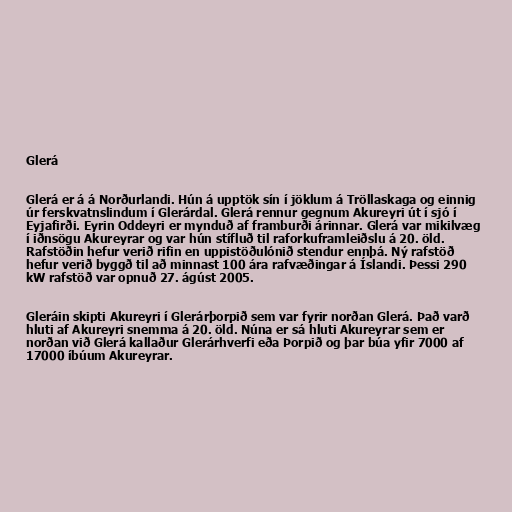
Glerá

Glerá er á á Norðurlandi. Hún á upptök sín í jöklum á Tröllaskaga og einnig
úr ferskvatnslindum í Glerárdal. Glerá rennur gegnum Akureyri út í sjó í
Eyjafirði. Eyrin Oddeyri er mynduð af framburði árinnar. Glerá var mikilvæg
í iðnsögu Akureyrar og var hún stífluð til raforkuframleiðslu á 20. öld.
Rafstöðin hefur verið rifin en uppistöðulónið stendur ennþá. Ný rafstöð
hefur verið byggð til að minnast 100 ára rafvæðingar á Íslandi. Þessi 290
kW rafstöð var opnuð 27. ágúst 2005.

Gleráin skipti Akureyri í Glerárþorpið sem var fyrir norðan Glerá. Það varð
hluti af Akureyri snemma á 20. öld. Núna er sá hluti Akureyrar sem er
norðan við Glerá kallaður Glerárhverfi eða Þorpið og þar búa yfir 7000 af
17000 íbúum Akureyrar.